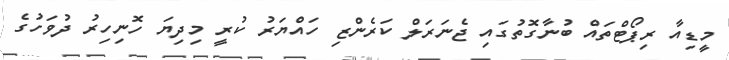
މީޑިއާ ރިޕޯޓްތައް ބުނާގޮތުގައި ޖެނަރަލް ކަރެންޒި ހައްޔަރު ކުރީ މިދިޔަ ހޮނިހިރު ދުވަހުގެ